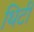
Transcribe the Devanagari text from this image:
थिटी